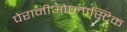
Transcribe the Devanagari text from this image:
पेरानीओप्लास्टिक